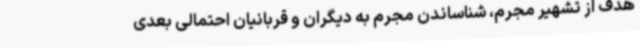
هدف از تشهیر مجرم، شناساندن مجرم به دیگران و قربانیان احتمالی بعدی